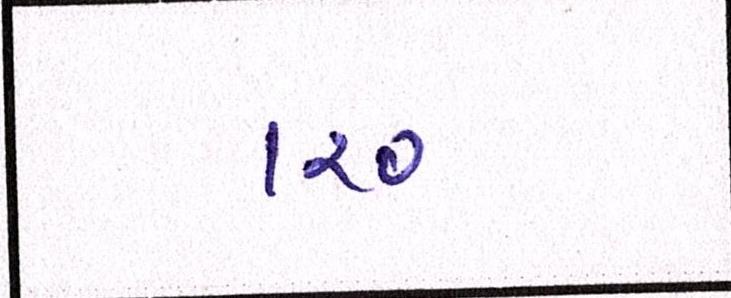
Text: ૧૨૦